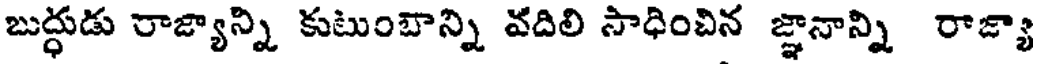
బుద్ధుడు రాజ్యాన్ని కుటుంబాన్ని వదిలి సాధించిన జ్ఞానాన్ని రాజ్యా